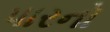
પારનો